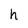
Character: h